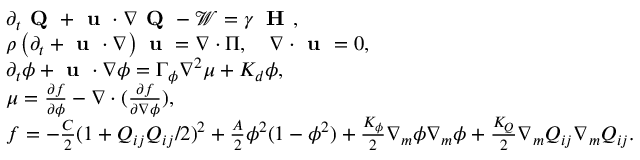
\begin{array} { r l } & { \partial _ { t } \textbf { Q } + \textbf { u } \cdot \boldsymbol { \nabla } \textbf { Q } - \boldsymbol { \mathcal { W } } = \gamma \: \textbf { H } , } \\ & { \rho \left( \partial _ { t } + \textbf { u } \cdot \boldsymbol { \nabla } \right) \textbf { u } = \boldsymbol { \nabla } \cdot \boldsymbol { \Pi } , \quad \boldsymbol { \nabla } \cdot \textbf { u } = 0 , } \\ & { \partial _ { t } \phi + \textbf { u } \cdot \boldsymbol { \nabla } \phi = \Gamma _ { \phi } \nabla ^ { 2 } \mu + K _ { d } \phi , } \\ & { \mu = \frac { \partial f } { \partial \phi } - \boldsymbol { \nabla } \cdot ( \frac { \partial f } { \partial \boldsymbol { \nabla } \phi } ) , } \\ & { f = - \frac { C } { 2 } ( 1 + Q _ { i j } Q _ { i j } / 2 ) ^ { 2 } + \frac { A } { 2 } \phi ^ { 2 } ( 1 - \phi ^ { 2 } ) + \frac { K _ { \phi } } { 2 } \nabla _ { m } \phi \nabla _ { m } \phi + \frac { K _ { Q } } { 2 } \nabla _ { m } Q _ { i j } \nabla _ { m } Q _ { i j } . } \end{array}